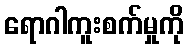
ရောဂါကူးစက်မှုကို